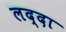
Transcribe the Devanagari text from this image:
लद्दा